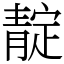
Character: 靛